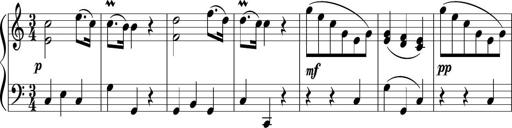
Title: 12 Keyboard Sonatinas
Composer: James Hook